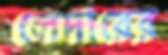
লেদারের